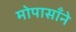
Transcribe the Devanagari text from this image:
मोपासाँने